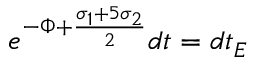
e ^ { - \Phi + \frac { \sigma _ { 1 } + 5 \sigma _ { 2 } } { 2 } } d t = d t _ { E }